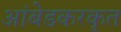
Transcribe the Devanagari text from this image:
आंबेडकरकृत